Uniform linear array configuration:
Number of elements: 48
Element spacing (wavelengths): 0.25
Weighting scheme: hann
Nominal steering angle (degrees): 45
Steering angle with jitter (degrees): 45.878
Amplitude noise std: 0.05
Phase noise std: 0.05

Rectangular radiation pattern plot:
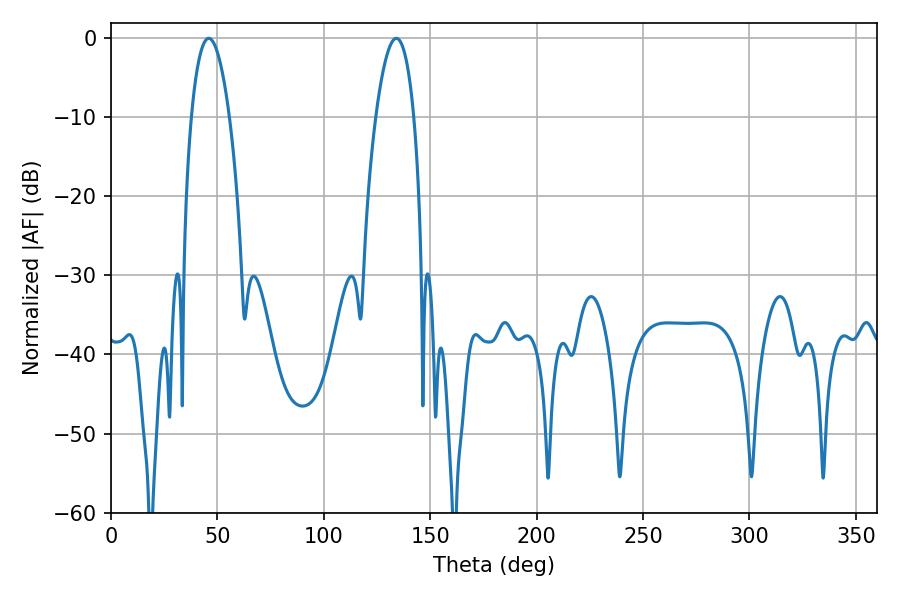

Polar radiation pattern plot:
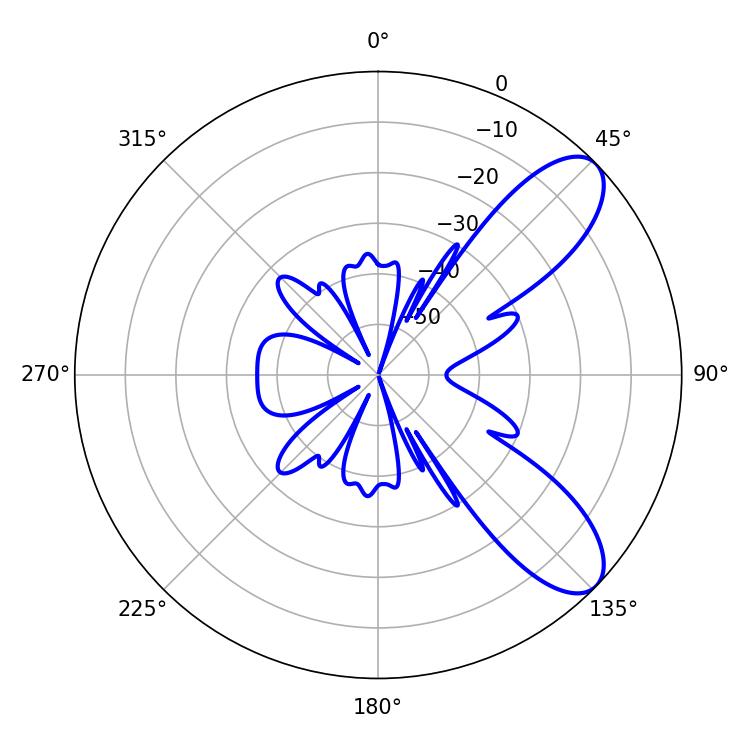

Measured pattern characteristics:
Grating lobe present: FALSE
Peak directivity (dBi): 8.741
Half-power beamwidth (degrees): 9.9
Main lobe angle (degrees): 45.9